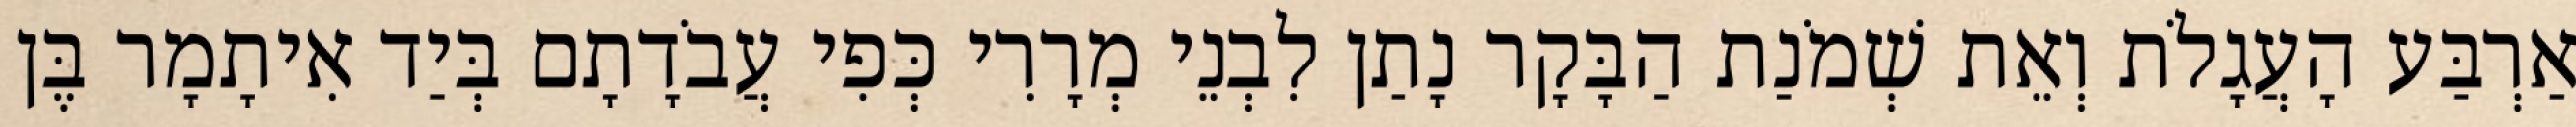
אַרְבַּע הָעֲגָלֹת וְאֵת שְׁמֹנַת הַבָּקָר נָתַן לִבְנֵי מְרָרִי כְּפִי עֲבֹדָתָם בְּיַד אִיתָמָר בֶּן